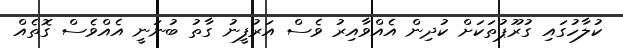
ކުލާހުގައި ގުރޫޕުތަކަށް ކުދިން އެއްވާއިރު ވެސް އަރުފީނު ގާތު ބުނަނީ އެއްވެސް ގޮތެއް